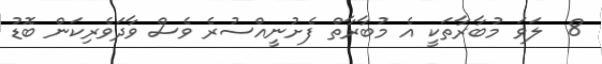
8  ލަވަ މުބާރާތަކީ އެ މުބާރާތް ފެށުނީއްސުރެ ވެސް ވާދަވެރިކަން ބޮޑު